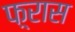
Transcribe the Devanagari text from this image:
फ़्रास